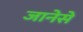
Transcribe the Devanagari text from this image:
जानेसे